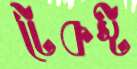
টেকস্ট